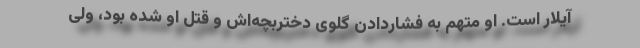
آیلار است. او متهم به فشاردادن گلوی دختربچه‌اش و قتل او شده بود، ولی